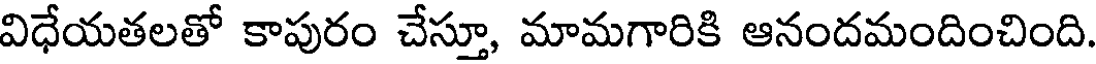
విధేయతలతో కాపురం చేస్తూ, మామగారికి ఆనందమందించింది.